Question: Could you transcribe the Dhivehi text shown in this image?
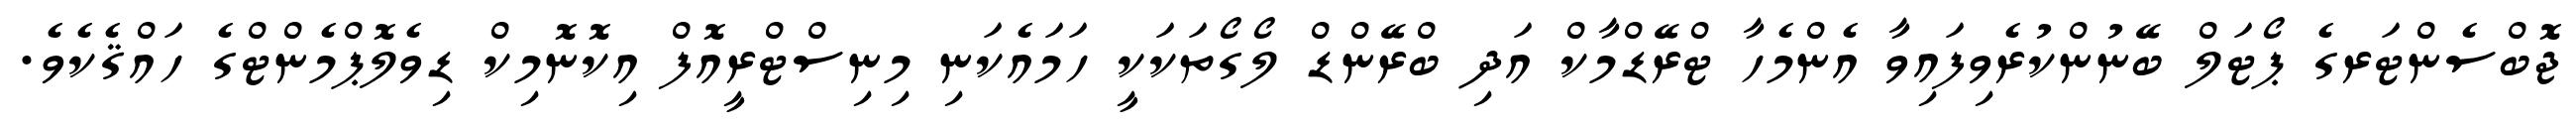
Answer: ޖޮބްސެންޓަރގެ ޕޯޓަލް ބޭނުންކުރެވިފައިވާ އެންމެހާ ޓްރޭޑްމާކް އަދި ބްރޭންޑް ލޯގޯތަކަކީ ހަމައެކަނި މިނިސްޓްރީއޮފް އިކޮނޮމިކް ޑިވެލޮޕްމެންޓްގެ ހައްޤެކެވެ.